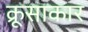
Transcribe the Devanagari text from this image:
क्रूसाकार